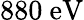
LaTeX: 880~\mathrm{eV}